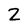
Character: Z